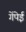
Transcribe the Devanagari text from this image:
गेंपेई